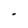
Character: I